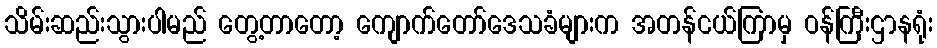
သိမ်းဆည်းသွားပါမည် တွေ့တာတော့ ကျောက်တော်ဒေသခံများက အတန်ငယ်ကြာမှ ဝန်ကြီးဌာနရုံး